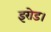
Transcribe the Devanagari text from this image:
इरोड।